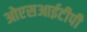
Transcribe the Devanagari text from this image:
ओएसआईटीपी